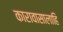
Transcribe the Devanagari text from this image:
कारावासालाहि